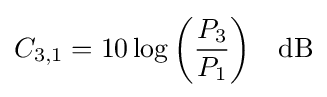
C_{3,1}=10\log {\left({\frac {P_{3}}{P_{1}}}\right)}\quad {\rm {dB}}